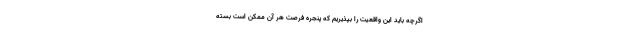
اگرچه باید این واقعیت را بپذیریم که پنجره فرصت هر آن ممکن است بسته